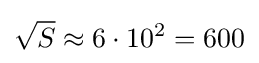
{\sqrt {S}}\approx 6\cdot 10^{2}=600